Code of medical and sanitary regulations for the guidance of medical officers serving in the Madras Presidency - Volume I
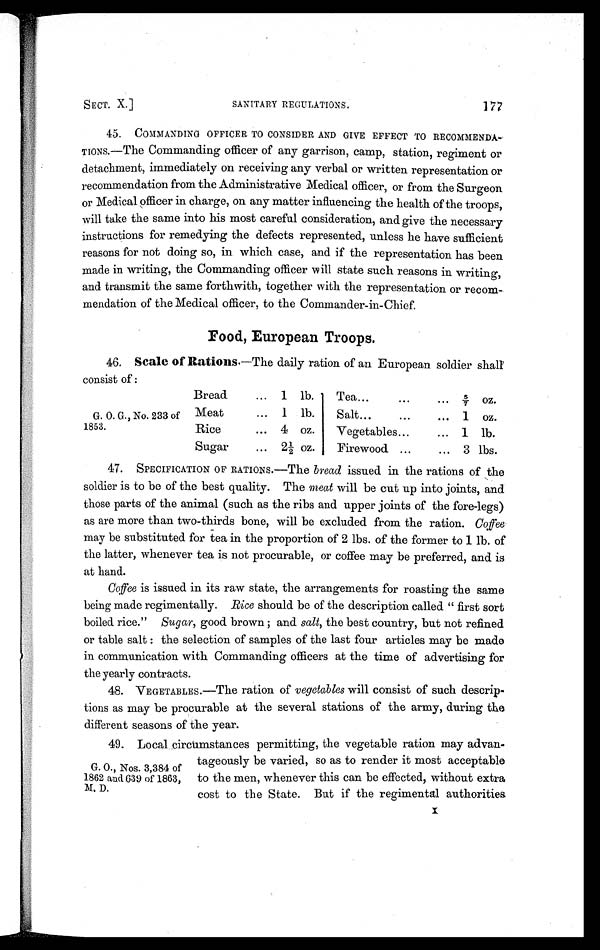
SECT. X.]
SANITARY REGULATIONS.
177
45. COMMANDING OFFICER TO CONSIDER AND GIVE EFFECT TO RECOMMENDA-
T I O N S . — T h e C o m m a n d i n g o f f i c e r o f a n y g a r r i s o n , c a m p , s t a t i o n , r e g i m e n t o r
detachment, immediately on receiving any verbal or written representation or
recommendation from the Administrative Medical officer, or from the Surgeon
or Medical officer in charge, on any matter influencing the health of the troops,
will take the same into his most careful consideration, and give the necessary
instructions for remedying the defects represented, unless he have sufficient
reasons for not doing so, in which case, and if the representation has been
made in writing, the Commanding officer will state such reasons in writing,
and transmit the same forthwith, together with the representation or recom
- m e n d a t i o n o f t h e M e d i c a l o f f i c e r , t o t h e C o m m a n d e r - i n - C h i e f .
Food, European Troops.
4 6 .
S c a l e o f R a t i o n s
. — T h e d a i l y r a t i o n o f a n E u r o p e a n s o l d i e r s h a l l
consist of:
Bread
... 1 lb. Tea...5/7oz.
G. O. G., No. 233 of Meat
.. 1 lb.
Salt... ... 1 oz.
1853.
Rice
... 4 oz.
Vegetables...
... 1 lb.
Sugar
2½ oz. Firewood ... ... 3 lbs.
4 7 . SPECI FI CATI ON OF RATI ONS. —Th e b r e a d i s s u e d i n t h e r a t i o n s o f t h e
soldier is to be of the best quality. The meat will be cut up into joints, and
those parts of the animal (such as the ribs and upper joints of the fore-legs)
as are more than two-thirds bone, will be excluded from the ration. Coffee
may be substituted for tea in the proportion of 2 lbs. of the former to 1 lb. of
the latter, whenever tea is not procurable, or coffee may be preferred, and is
at hand.
Coffee is issued in its raw state, the arrangements for roasting the same
being made regimentally. Rice should be of the description called " first sort
boiled rice." Sugar, good brown and salt, the best country, but not refined
or table salt: the selection of samples of the last four articles may be made
in communication with Commanding officers at the time of advertising for
the yearly contracts.
4 8 . VEGETABL ES. —Th e r a t i o n o f v e g e t a b l e s wi l l consi st of such descr i p-
tions as may be procurable at the several stations of the army, during the
different seasons of the year.
49. Local ci r cumst ances per mi t t i ng, t he veget abl e r at i on may advan-
tageously be varied, so as to render it most acceptable
G.O., Nos. 3,384 of
1862 and 639 of 1863, to the men, whenever this can be effected, without extra
M. D.
cost to the State. But if the regimental authorities